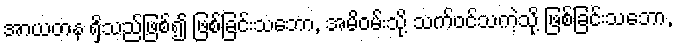
အာယတန ရှိသည်ဖြစ်၍ ဖြစ်ခြင်းသဘော, အမိဝမ်းသို့ သက်ဝင်သကဲ့သို့ ဖြစ်ခြင်းသဘော,